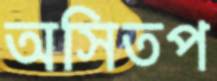
অসিতপ